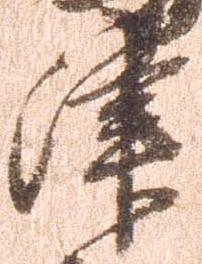
津